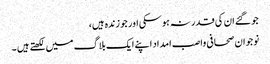
جو گئے ان کی قدر نہ ہوسکی اور جو زندہ ہیں،
نوجوان صحافی واصب امداد اپنے ایک بلاگ میں لکھتے ہیں ۔